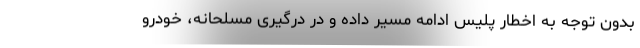
بدون توجه به اخطار پلیس ادامه مسیر داده و در درگیری مسلحانه، خودرو